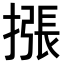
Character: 𢳫